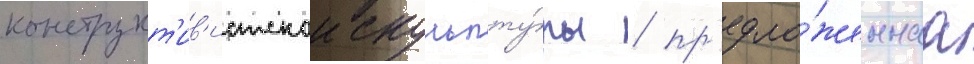
конструкт'ив'истскои скульпту́ры / пр'едло́женнаа